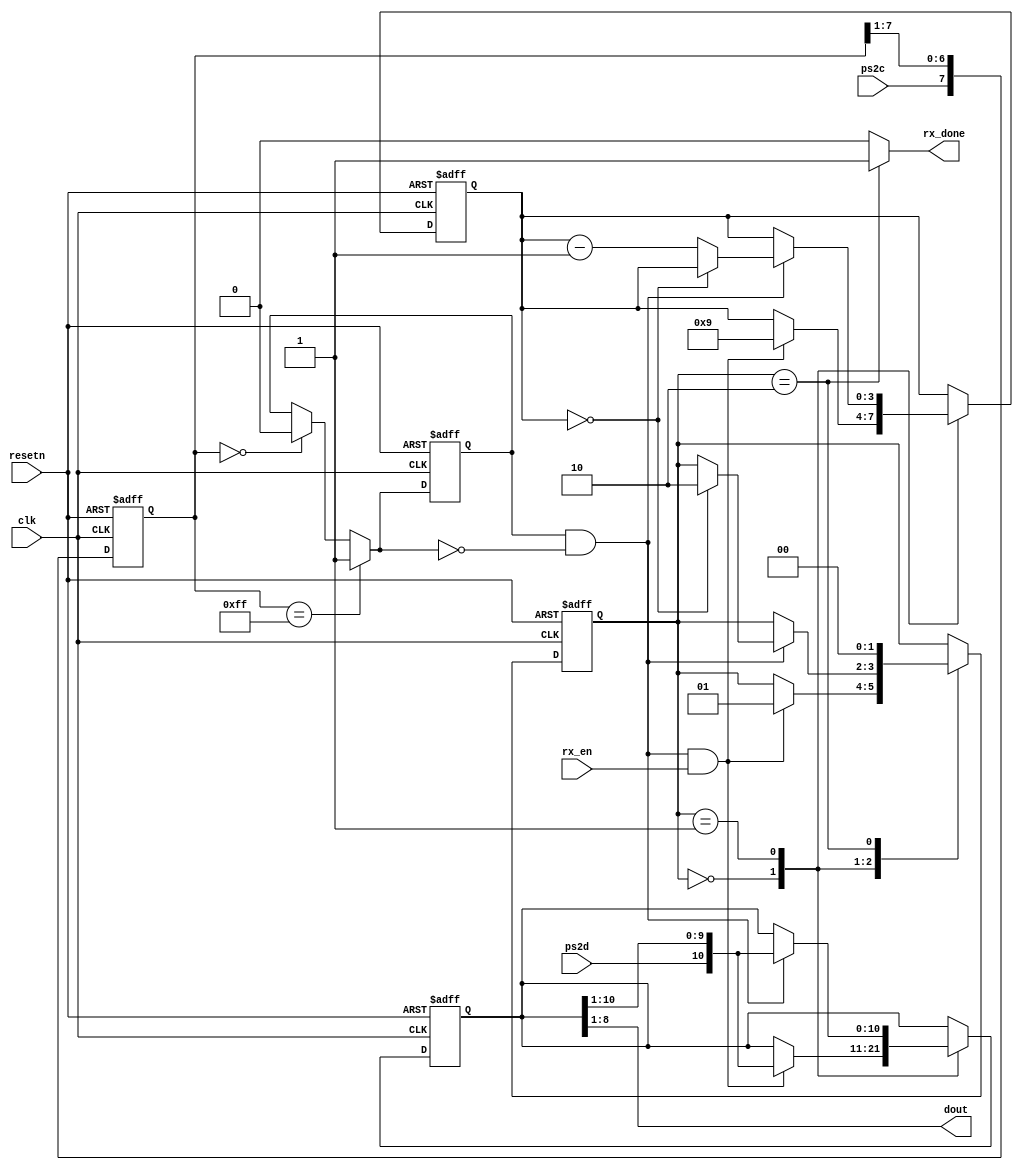
//////////////////////////////////////////////////////////////////////////////////
//END USER LICENCE AGREEMENT                                                    //
//                                                                              //
//Copyright (c) 2012, ARM All rights reserved.                                  //
//                                                                              //
//THIS END USER LICENCE AGREEMENT (LICENCE) IS A LEGAL AGREEMENT BETWEEN      //
//YOU AND ARM LIMITED ("ARM") FOR THE USE OF THE SOFTWARE EXAMPLE ACCOMPANYING  //
//THIS LICENCE. ARM IS ONLY WILLING TO LICENSE THE SOFTWARE EXAMPLE TO YOU ON   //
//CONDITION THAT YOU ACCEPT ALL OF THE TERMS IN THIS LICENCE. BY INSTALLING OR  //
//OTHERWISE USING OR COPYING THE SOFTWARE EXAMPLE YOU INDICATE THAT YOU AGREE   //
//TO BE BOUND BY ALL OF THE TERMS OF THIS LICENCE. IF YOU DO NOT AGREE TO THE   //
//TERMS OF THIS LICENCE, ARM IS UNWILLING TO LICENSE THE SOFTWARE EXAMPLE TO    //
//YOU AND YOU MAY NOT INSTALL, USE OR COPY THE SOFTWARE EXAMPLE.                //
//                                                                              //
//ARM hereby grants to you, subject to the terms and conditions of this Licence,//
//a non-exclusive, worldwide, non-transferable, copyright licence only to       //
//redistribute and use in source and binary forms, with or without modification,//
//for academic purposes provided the following conditions are met:              //
//a) Redistributions of source code must retain the above copyright notice, this//
//list of conditions and the following disclaimer.                              //
//b) Redistributions in binary form must reproduce the above copyright notice,  //
//this list of conditions and the following disclaimer in the documentation     //
//and/or other materials provided with the distribution.                        //
//                                                                              //
//THIS SOFTWARE EXAMPLE IS PROVIDED BY THE COPYRIGHT HOLDER "AS IS" AND ARM     //
//EXPRESSLY DISCLAIMS ANY AND ALL WARRANTIES, EXPRESS OR IMPLIED, INCLUDING     //
//WITHOUT LIMITATION WARRANTIES OF MERCHANTABILITY AND FITNESS FOR A PARTICULAR //
//PURPOSE, WITH RESPECT TO THIS SOFTWARE EXAMPLE. IN NO EVENT SHALL ARM BE LIABLE/
//FOR ANY DIRECT, INDIRECT, INCIDENTAL, PUNITIVE, OR CONSEQUENTIAL DAMAGES OF ANY/
//KIND WHATSOEVER WITH RESPECT TO THE SOFTWARE EXAMPLE. ARM SHALL NOT BE LIABLE //
//FOR ANY CLAIMS, DAMAGES OR OTHER LIABILITY, WHETHER IN AN ACTION OF CONTRACT, //
//TORT OR OTHERWISE, ARISING FROM, OUT OF OR IN CONNECTION WITH THE SOFTWARE    //
//EXAMPLE OR THE USE OR OTHER DEALINGS IN THE SOFTWARE EXAMPLE. FOR THE AVOIDANCE/
// OF DOUBT, NO PATENT LICENSES ARE BEING LICENSED UNDER THIS LICENSE AGREEMENT.//
//////////////////////////////////////////////////////////////////////////////////


module ps2_rx(
  input wire clk,
  input wire resetn,
  input wire ps2d,
  input wire ps2c,
  input wire rx_en,
  output reg rx_done,
  output wire [7:0] dout
);
  
  localparam [1:0]
    idle_st = 2'b00,
    data_st = 2'b01,
    load_st = 2'b10;
    
  reg [7:0] filter;         //ps2c filtering reg
  wire [7:0] filter_next;
  reg f_ps2c;               //filtered ps2c
  wire f_ps2c_next;
  reg [1:0] next_state;
  reg [1:0] current_state;
  reg [3:0] n;              //count register
  reg [3:0] n_next;
  reg [10:0] data;             //data and next data
  reg [10:0] data_next;
  wire fall_edge;             //falling edge of ps2c
  
  
  
  
  //Filter PS2 Clock Signal
  // Uses and 8-bit filter to make sure ps2 clk
  // signal is not jumping around then generates
  // the falling edge signal for the ps2 clk.
  
  always @(posedge clk, negedge resetn)
  begin
    if(!resetn)
      begin
        filter <= 0;
        f_ps2c <= 0;
      end
    else
      begin
        filter <= filter_next;
        f_ps2c <= f_ps2c_next;
      end
  end
  
  assign filter_next = {ps2c, filter[7:1]};
  assign f_ps2c_next = (filter == 8'b11111111) ? 1'b1 :
                       (filter == 8'b00000000) ? 1'b0 :
                       f_ps2c;
   
  assign fall_edge = f_ps2c & ~f_ps2c_next;
  
  
  //State Machine
  
  always @(posedge clk, negedge resetn)
  begin
    if(!resetn)
      begin
        current_state <= idle_st;
        n <= 0;
        data <= 0;
      end
    else
      begin
        current_state <= next_state;
        n <= n_next;
        data <= data_next;
      end
  end

  //Next state logic for receiving in the PS/2 protocol
  always @*
  begin
    next_state = current_state;
    rx_done = 1'b0;
    n_next = n;
    data_next = data;
    
    case(current_state)
      idle_st:
      begin
        if(fall_edge & rx_en)
          begin
            data_next = {ps2d, data[10:1]};
            n_next = 4'b1001;
            next_state = data_st;
          end
      end
      data_st:
      begin
        if(fall_edge)
          begin
            data_next = {ps2d, data[10:1]};
            if(n == 0)
              next_state = load_st;
            else
              n_next = n - 1;
          end
      end
      load_st:
        begin
          next_state = idle_st;
          rx_done = 1'b1;
        end
    endcase
  end
  
  //output - data bits
  assign dout = data[8:1];

endmodule